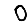
Digit: 0